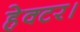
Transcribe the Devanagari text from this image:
हेक्‍टर।